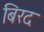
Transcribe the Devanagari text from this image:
बिरद